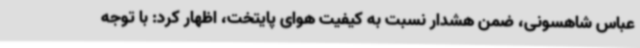
عباس شاهسونی، ضمن هشدار نسبت به کیفیت هوای پایتخت، اظهار کرد: با توجه